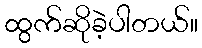
ထွက်ဆိုခဲ့ပါတယ်။